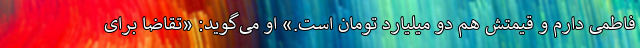
فاطمی دارم و قیمتش هم دو میلیارد تومان است.» او می‌گوید: «تقاضا برای